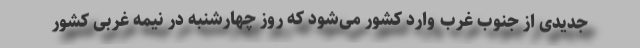
جدیدی از جنوب غرب وارد کشور می‌شود که روز چهارشنبه در نیمه غربی کشور